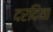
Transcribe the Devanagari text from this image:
दरदिया